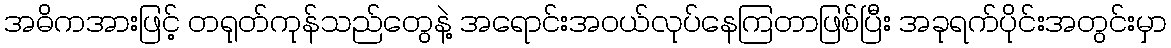
အဓိကအားဖြင့် တရုတ်ကုန်သည်တွေနဲ့ အရောင်းအဝယ်လုပ်နေကြတာဖြစ်ပြီး အခုရက်ပိုင်းအတွင်းမှာ